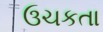
ઉચકતા